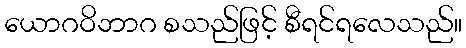
ယောဂဝိဘာဂ စသည်ဖြင့် စီရင်ရလေသည်။